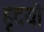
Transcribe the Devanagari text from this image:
हृदयो